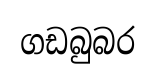
ගඩබුබර